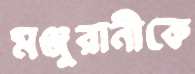
মঞ্জুরানীকে